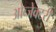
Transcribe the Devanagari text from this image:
ओब्जेक्टरी